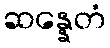
ဆန္နေတံ